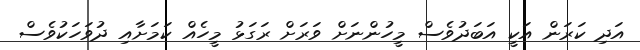
އަދި ކަރަން އަކީ އަބަދުވެސް މީހުންނަށް ވަރަށް ރަގަޅު މީހެއް ކަމަށާއި ދުވަހަކުވެސް